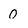
Character: 0